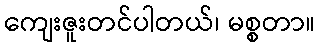
ကျေးဇူးတင်ပါတယ်၊ မစ္စတာ။